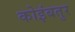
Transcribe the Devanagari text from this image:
कोइंबतुर